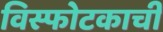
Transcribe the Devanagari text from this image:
विस्फोटकाची